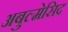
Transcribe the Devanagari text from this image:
अबुल्मेसिद